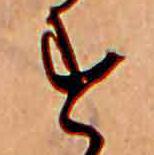
す